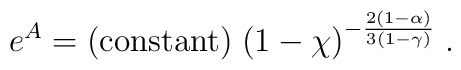
e^A = {\rm (constant)} \; (1 - \chi)^{- \frac{2 (1 - \alpha)}{3 (1 - \gamma)}} \; .